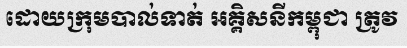
ដោយក្រុមបាល់ទាត់ អគ្គិសនីកម្ពុជា ត្រូវ